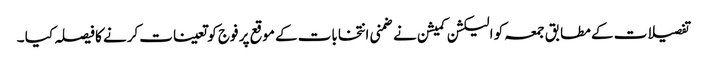
تفصیلات کے مطابق جمعہ کو الیکشن کمیشن نے ضمنی انتخابات کے موقع پر فوج کو تعینات کرنے کا فیصلہ کیا ۔